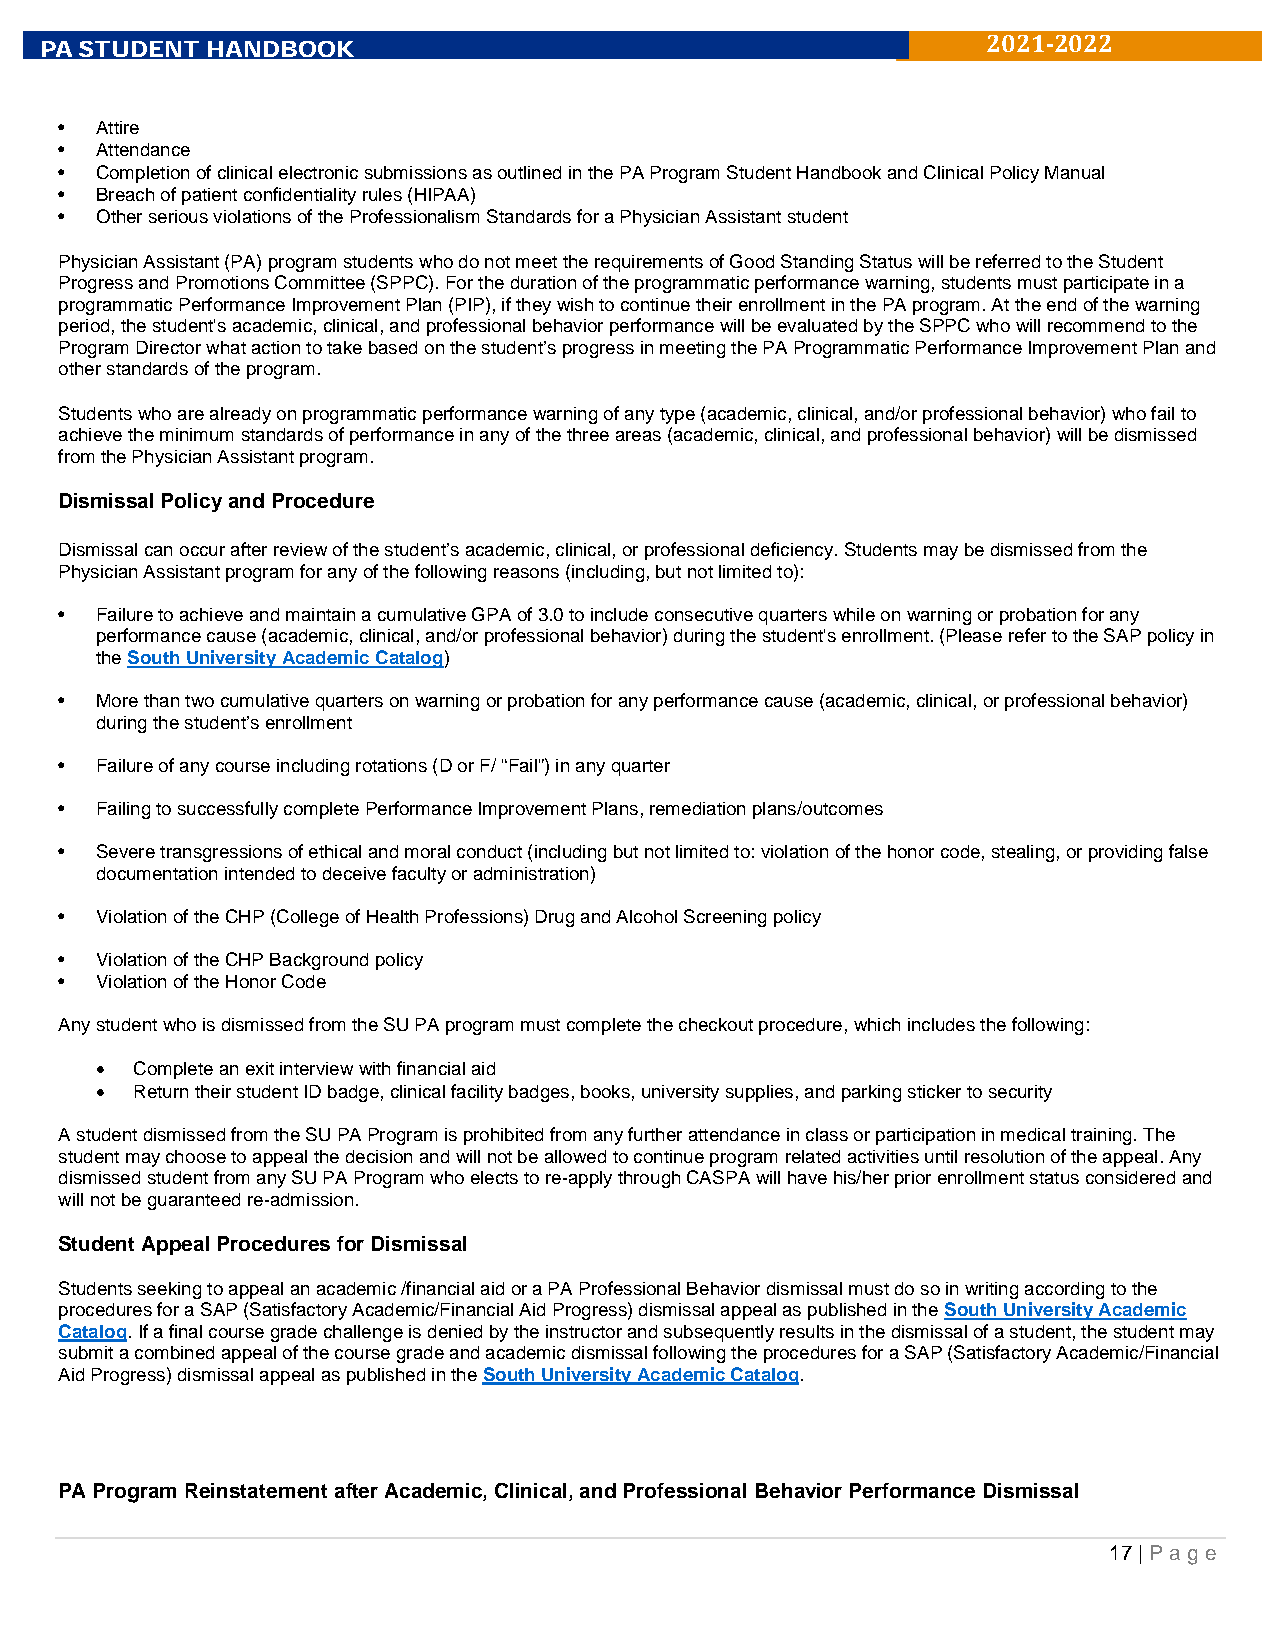
P A STUDENT HANDBOOK
 2021-2022
 • Attire
 • Attendance
 • Completion of clinical electronic submissions as outlined in the PA Program Student Handbook and Clinical Policy Manual
 • Breach of patient confidentiality rules (HIPAA)
 • Other serious violations of the Professionalism Standards for a Physician Assistant student
 Physician Assistant (PA) program students who do not meet the requirements of Good Standing Status will be referred to the Student
 Progress and Promotions Committee (SPPC). For the duration of the programmatic performance warning, students must participate in a
 programmatic Performance Improvement Plan (PIP), if they wish to continue their enrollment in the PA program. At the end of the warning
 period, the student's academic, clinical, and professional behavior performance will be evaluated by the SPPC who will recommend to the
 Program Director what action to take based on the student’s progress in meeting the PA Programmatic Performance Improvement Plan and
 other standards of the program.
 Students who are already on programmatic performance warning of any type (academic, clinical, and/or professional behavior) who fail to
 achieve the minimum standards of performance in any of the three areas (academic, clinical, and professional behavior) will be dismissed
 from the Physician Assistant program.
 Dismissal Policy and Procedure
 Dismissal can occur after review of the student’s academic, clinical, or professional deficiency. Students may be dismissed from the
 Physician Assistant program for any of the following reasons (including, but not limited to):
 • Failure to achieve and maintain a cumulative GPA of 3.0 to include consecutive quarters while on warning or probation for any
 performance cause (academic, clinical, and/or professional behavior) during the student's enrollment. (Please refer to the SAP policy in
 the South University Academic Catalog)
 • More than two cumulative quarters on warning or probation for any performance cause (academic, clinical, or professional behavior)
 during the student’s enrollment
 • Failure of any course including rotations (D or F/ “Fail”) in any quarter
 • Failing to successfully complete Performance Improvement Plans, remediation plans/outcomes
 • Severe transgressions of ethical and moral conduct (including but not limited to: violation of the honor code, stealing, or providing false
 documentation intended to deceive faculty or administration)
 • Violation of the CHP (College of Health Professions) Drug and Alcohol Screening policy
 • Violation of the CHP Background policy
 • Violation of the Honor Code
 Any student who is dismissed from the SU PA program must complete the checkout procedure, which includes the following:
 •  Complete an exit interview with financial aid
 •  Return their student ID badge, clinical facility badges, books, university supplies, and parking sticker to security
 A student dismissed from the SU PA Program is prohibited from any further attendance in class or participation in medical training. The
 student may choose to appeal the decision and will not be allowed to continue program related activities until resolution of the appeal. Any
 dismissed student from any SU PA Program who elects to re-apply through CASPA will have his/her prior enrollment status considered and
 will not be guaranteed re-admission.
 Student Appeal Procedures for Dismissal
 Students seeking to appeal an academic /financial aid or a PA Professional Behavior dismissal must do so in writing according to the
 procedures for a SAP (Satisfactory Academic/Financial Aid Progress) dismissal appeal as published in the South University Academic
 Catalog. If a final course grade challenge is denied by the instructor and subsequently results in the dismissal of a student, the student may
 submit a combined appeal of the course grade and academic dismissal following the procedures for a SAP (Satisfactory Academic/Financial
 Aid Progress) dismissal appeal as published in the South University Academic Catalog.
 PA Program Reinstatement after Academic, Clinical, and Professional Behavior Performance Dismissal
 17 | Pa g e